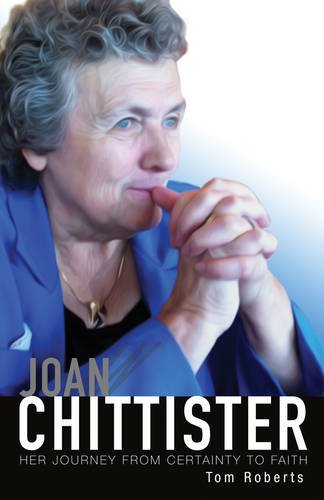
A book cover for Joan Chittister; Tom Roberts; Biographies & Memoirs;